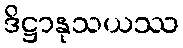
ဒိဋ္ဌာနုသယဿ